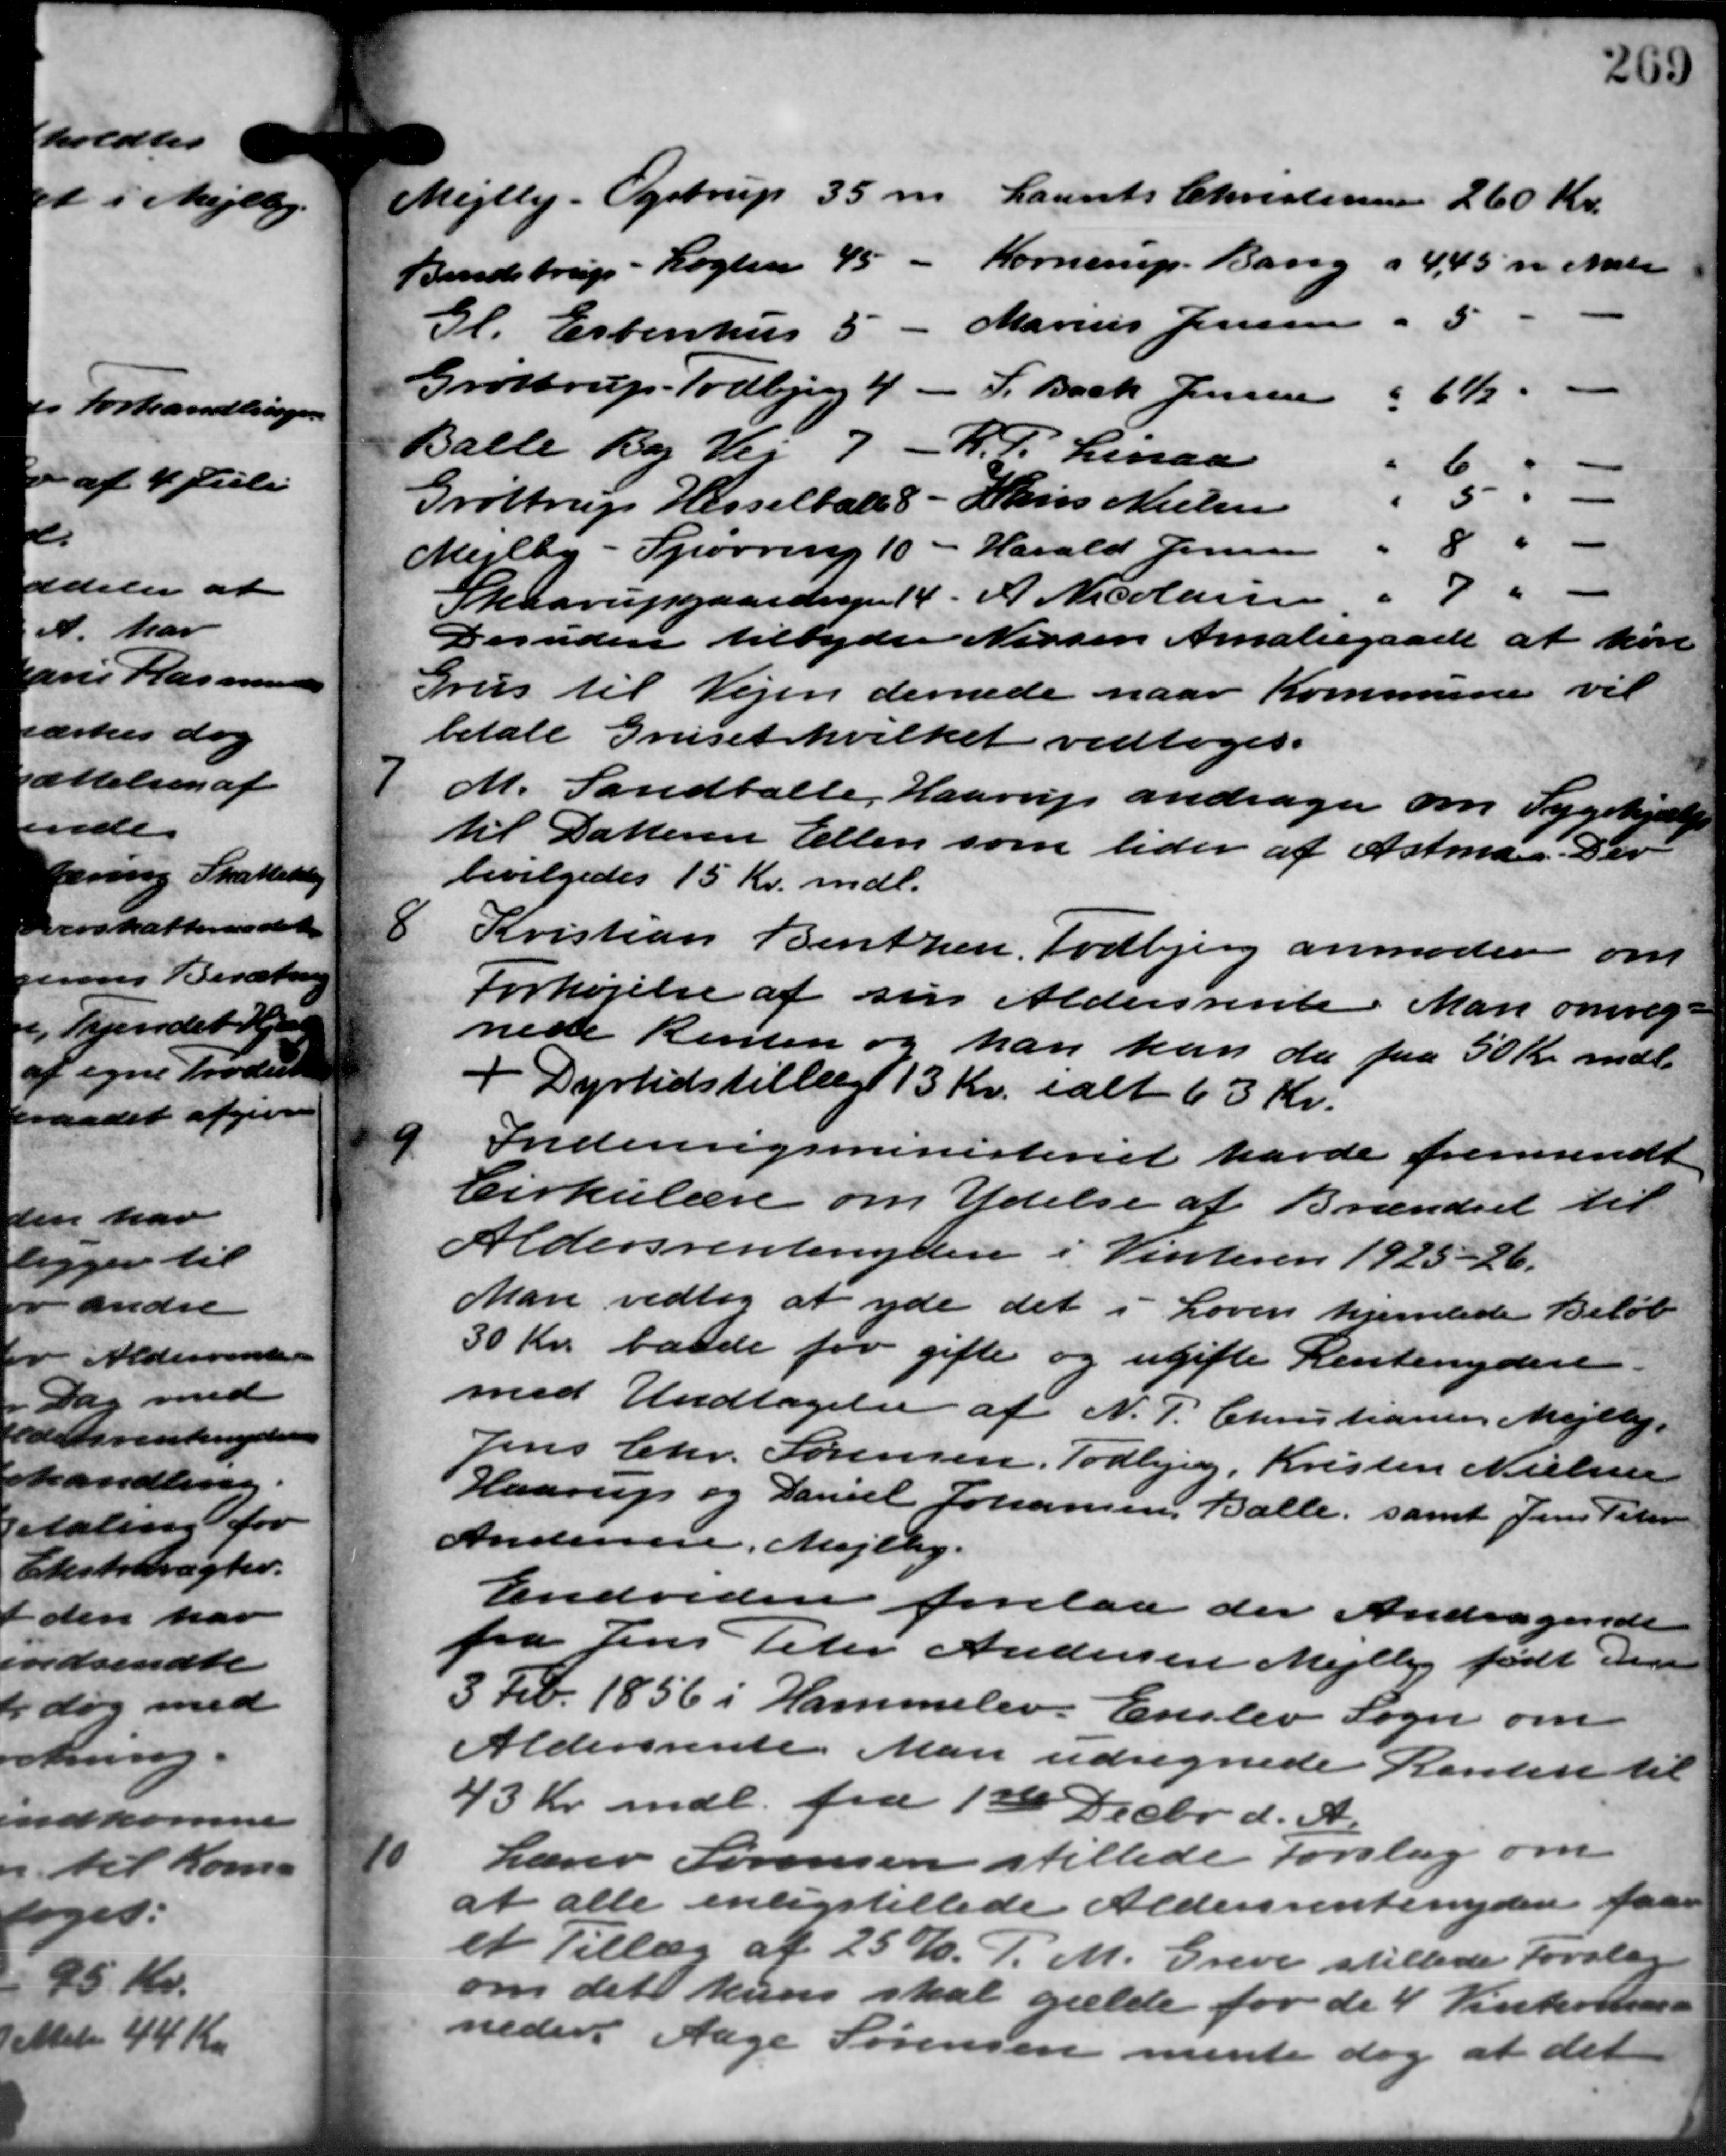
Transskription:
Mejlby Ogstrup  35 m Laurits Christensen 260 Kr.
Bendstrup - Løgten 45 - Kornerup. Bang a 4,45 n. Matr.
5
Gl. Esbenhus 5 - Marius Jensen
Grøttrup - Todbjerg 4 - F. Back Jensen
"6½ -
Balle By V. 7 R. P. Linaa
6
5--
Grøttrup Hesselballe 8 - Hans Nielsen
8
Mejlby - Spørring 10 - Harald Jensen
" -
" 7
Skaarupgaardvejen 14. A Nicolaisen
Desuden tilbyder Nissere Amaliegaarde at køre
Grus til Vejen dernede naar Kommune vil
betale Gruset hvilket vedtoges.
7
M. Sandballe, Haarup andrager om Sygehjælp
til Datteren Ellen som lider af Astmag. Der
bevilgedes 15 Kr. mdl.
8
Kristian Bentzen, Todbjerg anmoder om
Forhøjelse af sin Aldersrente Man omreg -
1 nede Renten og han kan da faa 50 Kr. mdl.
+ Dyrtidstillæg 13 Kr. ialt 63 Kr.
9.
Indenrigsministeriet havde fremsendt
Cirkulære om Ydelse af Brændsel til
Aldersrentenydere i Vinteren 1925 – 26.
Man vedtog at yde det i Loven hjemlede Beløb
30 Kr. baade for gifte og ugifte Rentenydere
med Undtagelse af N. P. Christiansen Mejlby.
Jens Chr. Sørensen, Todbjerg, Kristen Nielsen
Haarup og Daniel Johansen, Balle, samt Jens Peter
Andersen, Mejlby.
Endvidere forelaa der Andragende
fra Jens Peter Andersen Mejlby født den
3 Feb. 1856 i Hammelev. Erslev Sogn om
Aldersrente. Man udregnede Renten til
43 Kr. mdl. fra 1ste Decbr. d. A.
10
Lærer Sørensen stillede Forslag om
at alle enligstillede Aldersrentenydere faa
et Tillæg af 25 %. P. M. Greve stillede Forslag
om det kuns skal gælde for de 4 Vintrollen -
neder Aage Sørensen mente dog at det